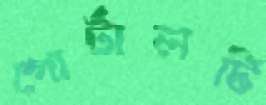
পোর্টালটি